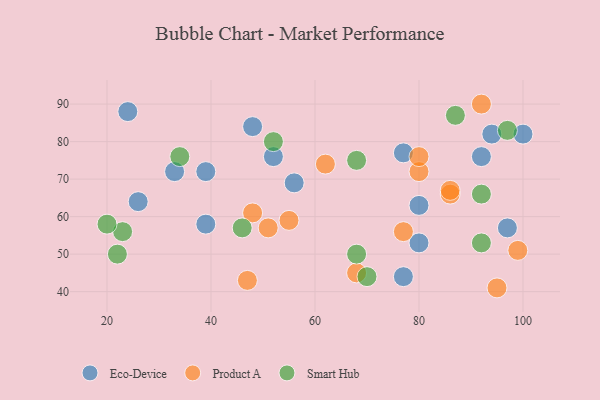
{"axis": {"x": "GDP", "y": "Life Expectancy"}, "legend": ["Eco-Device", "Product A", "Smart Hub"], "data": [{"x": "77", "y": 44, "type": "Eco-Device"}, {"x": "33", "y": 72, "type": "Eco-Device"}, {"x": "39", "y": 58, "type": "Eco-Device"}, {"x": "39", "y": 72, "type": "Eco-Device"}, {"x": "48", "y": 84, "type": "Eco-Device"}, {"x": "94", "y": 82, "type": "Eco-Device"}, {"x": "77", "y": 77, "type": "Eco-Device"}, {"x": "26", "y": 64, "type": "Eco-Device"}, {"x": "52", "y": 76, "type": "Eco-Device"}, {"x": "97", "y": 57, "type": "Eco-Device"}, {"x": "80", "y": 63, "type": "Eco-Device"}, {"x": "56", "y": 69, "type": "Eco-Device"}, {"x": "100", "y": 82, "type": "Eco-Device"}, {"x": "80", "y": 53, "type": "Eco-Device"}, {"x": "92", "y": 76, "type": "Eco-Device"}, {"x": "24", "y": 88, "type": "Eco-Device"}, {"x": "80", "y": 72, "type": "Product A"}, {"x": "48", "y": 61, "type": "Product A"}, {"x": "77", "y": 56, "type": "Product A"}, {"x": "92", "y": 90, "type": "Product A"}, {"x": "68", "y": 45, "type": "Product A"}, {"x": "99", "y": 51, "type": "Product A"}, {"x": "51", "y": 57, "type": "Product A"}, {"x": "86", "y": 66, "type": "Product A"}, {"x": "47", "y": 43, "type": "Product A"}, {"x": "95", "y": 41, "type": "Product A"}, {"x": "62", "y": 74, "type": "Product A"}, {"x": "80", "y": 76, "type": "Product A"}, {"x": "86", "y": 67, "type": "Product A"}, {"x": "55", "y": 59, "type": "Product A"}, {"x": "34", "y": 76, "type": "Smart Hub"}, {"x": "22", "y": 50, "type": "Smart Hub"}, {"x": "68", "y": 50, "type": "Smart Hub"}, {"x": "70", "y": 44, "type": "Smart Hub"}, {"x": "23", "y": 56, "type": "Smart Hub"}, {"x": "97", "y": 83, "type": "Smart Hub"}, {"x": "52", "y": 80, "type": "Smart Hub"}, {"x": "20", "y": 58, "type": "Smart Hub"}, {"x": "92", "y": 53, "type": "Smart Hub"}, {"x": "68", "y": 75, "type": "Smart Hub"}, {"x": "87", "y": 87, "type": "Smart Hub"}, {"x": "92", "y": 66, "type": "Smart Hub"}, {"x": "46", "y": 57, "type": "Smart Hub"}]}